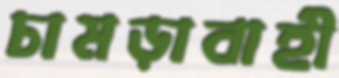
চামড়াবাহী